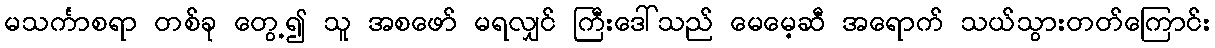
မသင်္ကာစရာ တစ်ခု တွေ့၍ သူ အစဖော် မရလျှင် ကြီးဒေါ်သည် မေမေ့ဆီ အရောက် သယ်သွားတတ်ကြောင်း